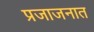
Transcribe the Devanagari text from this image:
प्रजाजनात